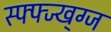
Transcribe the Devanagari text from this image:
स्फ्फ्ज्ख्ग्ज